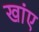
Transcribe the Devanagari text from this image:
खांए